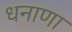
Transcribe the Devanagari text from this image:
धनाणा